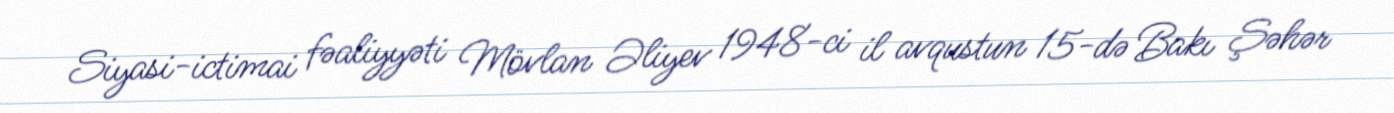
Siyasi-ictimai fəaliyyəti Mövlan Əliyev 1948-ci il avqustun 15-də Bakı Şəhər